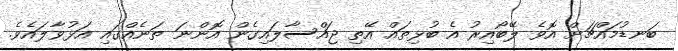
ބަނޑުމައްޗަށް އޮވެ ލޭބޯއިރު އެ ބުޅިތައް އޭތި ޖައްސާލައިގެން އޮންނަ ތަނެއްގައި އަޅުވާލައެވެ.